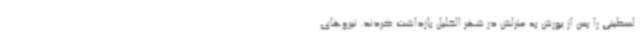
لسطینی را پس از یورش به منزلش در شهر الخلیل بازداشت کردند. نیروهای